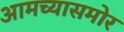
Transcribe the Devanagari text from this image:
आमच्यासमोर